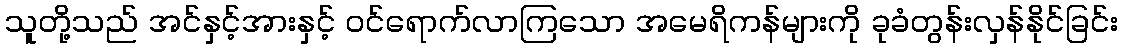
သူတို့သည် အင်နှင့်အားနှင့် ဝင်ရောက်လာကြသော အမေရိကန်များကို ခုခံတွန်းလှန်နိုင်ခြင်း